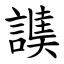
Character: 䜁